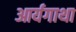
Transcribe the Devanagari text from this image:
आर्यगाथा